Report on the bubonic plague in Bombay, 1896-1897
Year: 1896
Disease focus: Plague
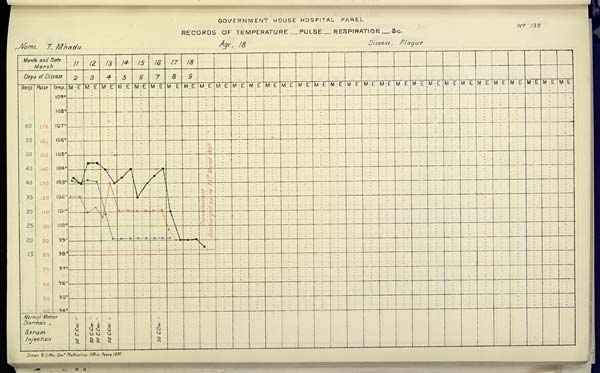
GOVERNMENT HOUSE HOSPITAL PAREL
No. 139
RECORDS OF TEMPERATURE __ PULSE __ RESPIRATION __ &c.
Name,
T.
Mhadu
Age,
18
Disease,
Plague
Drawn & Litho: Govt. Photozinco: Office, Poona 1897.